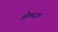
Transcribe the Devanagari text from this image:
ओमस्क